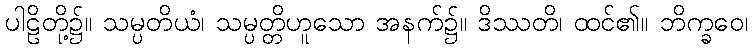
ပါဠိတို့၌။ သမ္ပတိယံ၊ သမ္ပတ္တိဟူသော အနက်၌။ ဒိဿတိ၊ ထင်၏။ ဘိက္ခဝေ၊